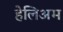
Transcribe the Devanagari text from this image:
हेलिअम